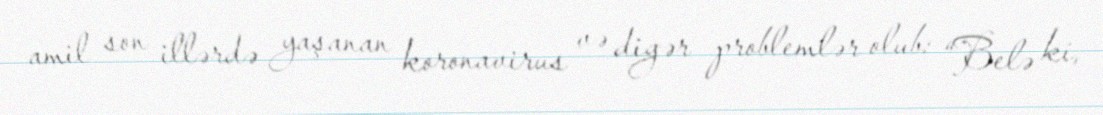
amil son illərdə yaşanan koronavirus və digər problemlər olub: “Belə ki,